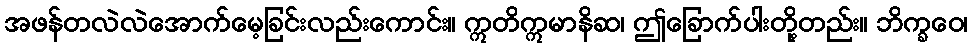
အဖန်တလဲလဲအောက်မေ့ခြင်းလည်းကောင်း။ ဣတိဣမာနိဆ၊ ဤခြောက်ပါးတို့တည်း။ ဘိက္ခဝေ၊